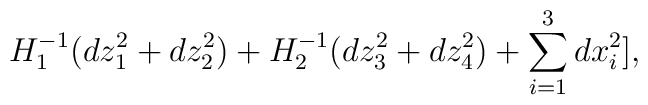
H_{1}^{-1}(dz_{1}^{2}+dz_{2}^{2})+H_{2}^{-1}(dz_{3}^{2}+dz_{4}^{2})+\sum _{i=1}^{3}dx_{i}^{2}],